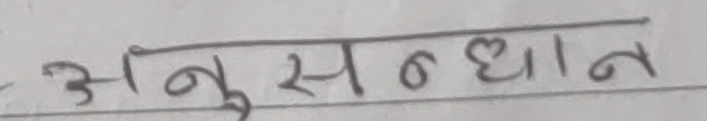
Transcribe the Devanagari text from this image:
अनुसन्धान